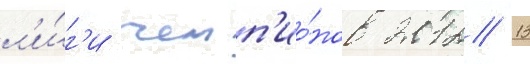
л'и́г'и чемп'ио́нов 2012/ 13